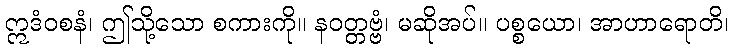
ဣဒံဝစနံ၊ ဤသို့သော စကားကို။ နဝတ္တဗ္ဗံ၊ မဆိုအပ်။ ပစ္စယော၊ အာဟာရောတိ၊